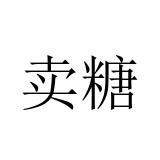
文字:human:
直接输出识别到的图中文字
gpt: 卖糖